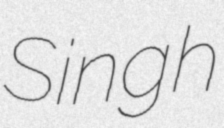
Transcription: Singh